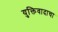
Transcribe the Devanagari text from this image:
युक्तिवादाचा